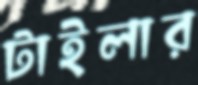
টাইলার